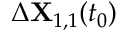
\Delta \mathbf { X } _ { 1 , 1 } ( t _ { 0 } )